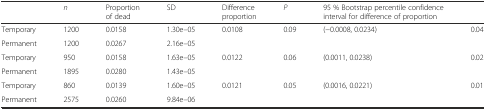
|  | n | Proportion of dead | SD | Difference proportion | P | 95 % Bootstrap percentile confidence interval for difference of proportion |  |
 | --- | --- | --- | --- | --- | --- | --- | --- |
 | Temporary | 1200 | 0.0158 | 1.30e–05 | <ROWSPAN=2> 0.0108 | <ROWSPAN=2> 0.09 | <ROWSPAN=2> (−0.0008, 0.0234) | <ROWSPAN=2> 0.04 |
 | Permanent | 1200 | 0.0267 | 2.16e–05 |
 | Temporary | 950 | 0.0158 | 1.63e–05 | <ROWSPAN=2> 0.0122 | <ROWSPAN=2> 0.06 | <ROWSPAN=2> (0.0011, 0.0238) | <ROWSPAN=2> 0.02 |
 | Permanent | 1895 | 0.0280 | 1.43e–05 |
 | Temporary | 860 | 0.0139 | 1.60e–05 | <ROWSPAN=2> 0.0121 | <ROWSPAN=2> 0.05 | <ROWSPAN=2> (0.0016, 0.0221) | <ROWSPAN=2> 0.01 |
 | Permanent | 2575 | 0.0260 | 9.84e–06 |